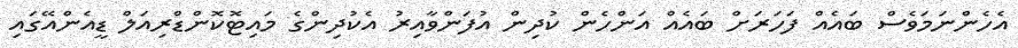
އެހެންނަމަވެސް ބައެއް ފަހަރަށް ބައެއް އަންހެން ކުދިން އުފަންވާއިރު އެކުދިންގެ މައިޓޮކޮންޑްރިއަލް ޑީއެންއޭގައި